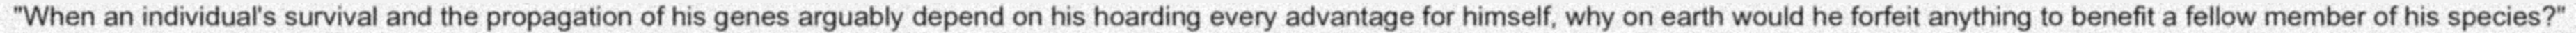
"When an individual's survival and the propagation of his genes arguably depend on his hoarding every advantage for himself, why on earth would he forfeit anything to benefit a fellow member of his species?"